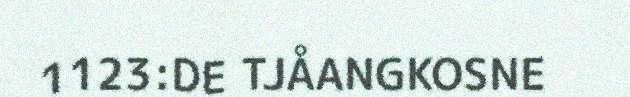
1123:DE TJÅANGKOSNE